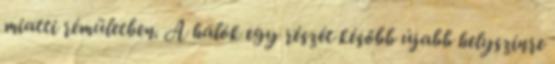
miatti rémületben. A hálók egy részét később újabb helyszínre